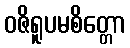
ဝဇိရူပမစိတ္တော